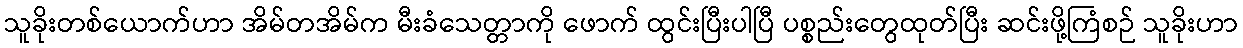
သူခိုးတစ်ယောက်ဟာ အိမ်တအိမ်က မီးခံသေတ္တာကို ဖောက် ထွင်းပြီးပါပြီ ပစ္စည်းတွေထုတ်ပြီး ဆင်းဖို့ကြံစဉ် သူခိုးဟာ